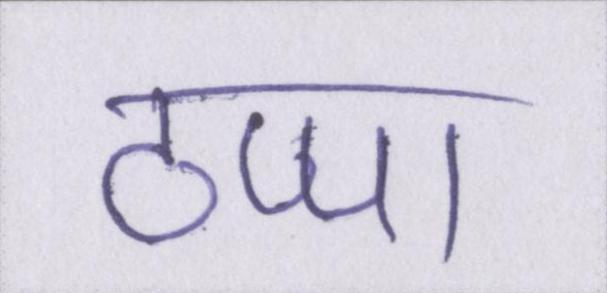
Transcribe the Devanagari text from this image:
ठप्पा